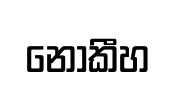
නොකීහ